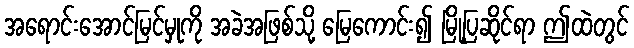
အရောင်းအောင်မြင်မှုကို အခဲအဖြစ်သို့ မြေကောင်း၍ မြို့ပြဆိုင်ရာ ဤထဲတွင်